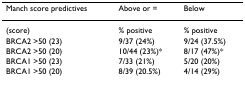
<table><thead><tr><td><b>Manch score predictives</b></td><td><b>Above or =</b></td><td><b>Below</b></td></tr></thead><tbody><tr><td>(score)</td><td>% positive</td><td>% positive</td></tr><tr><td>BRCA2 &gt;50 (23)</td><td>9/37 (24%)</td><td>9/24 (37.5%)</td></tr><tr><td>BRCA2 &gt;50 (20)</td><td>10/44 (23%)*</td><td>8/17 (47%)*</td></tr><tr><td>BRCA1 &gt;50 (23)</td><td>7/33 (21%)</td><td>5/20 (20%)</td></tr><tr><td>BRCA1 &gt;50 (20)</td><td>8/39 (20.5%)</td><td>4/14 (29%)</td></tr></tbody></table>